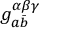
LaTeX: g _ { a { \bar { b } } } ^ { \alpha \beta \gamma }